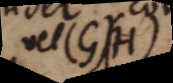
vel (G)(H)